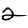
Digit: 2